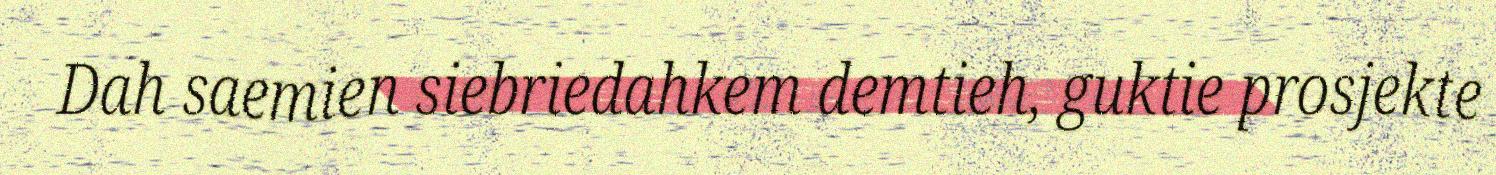
Dah saemien siebriedahkem demtieh, guktie prosjekte